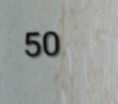
50